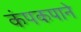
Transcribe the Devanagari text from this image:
कंपकपाने